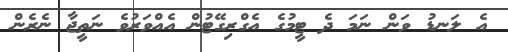
އެ ލަނޑު ވަން ނަމަ ދެ ޓީމުގެ އެގްރިގޭޓުން އެއްވަރުވެ ނަތީޖާ ނެރެން